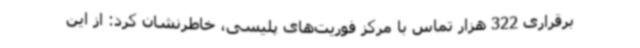
برقراری 322 هزار تماس با مرکز فوریت‌های پلیسی، خاطرنشان کرد: از این